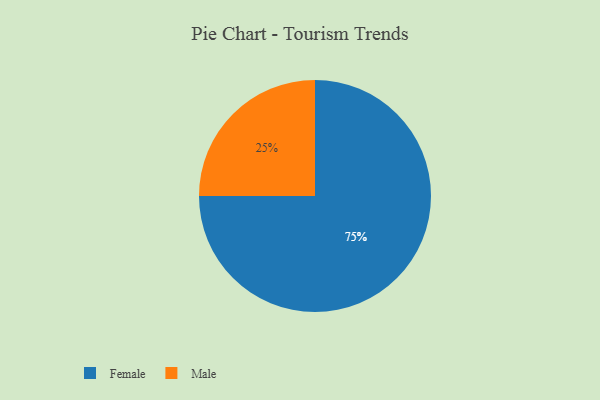
{"axis": {"x": "Category", "y": "Percentage"}, "legend": ["Female", "Male"], "data": [{"x": "Female", "y": 75, "type": "Female"}, {"x": "Male", "y": 25, "type": "Male"}]}